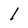
Character: 1